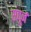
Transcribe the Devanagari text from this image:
संपूर्न